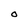
Character: O